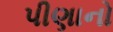
પીણાનો